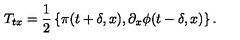
T _ { t x } = { \frac { 1 } { 2 } } \left\{ \pi ( t + \delta , x ) , \partial _ { x } \phi ( t - \delta , x ) \right\} .